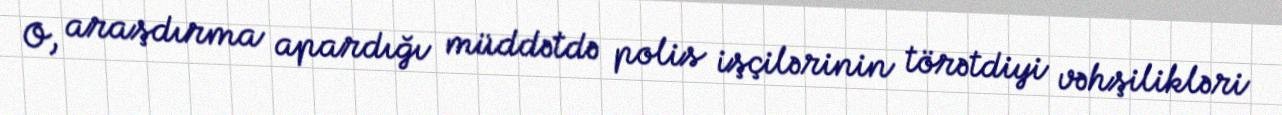
O, araşdırma apardığı müddətdə polis işçilərinin törətdiyi vəhşilikləri